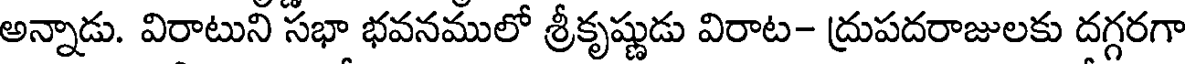
అన్నాడు. విరాటుని సభా భవనములో శ్రీకృష్ణుడు విరాట- ద్రుపదరాజులకు దగ్గరగా